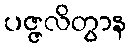
ပဇ္ဇလိတွာန